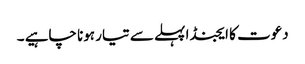
دعوت کا ایجنڈا پہلے سے تیار ہونا چاہیے ۔